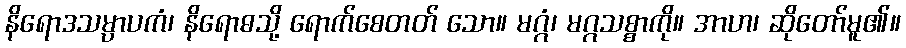
နိရောဒသမ္ပာပကံ၊ နိရောဓသို့ ရောက်စေတတ် သော။ မဂ္ဂံ၊ မဂ္ဂသစ္စာကို။ အာဟ၊ ဆိုတော်မူ၏။